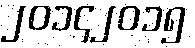
၂၀၁၄၂၀၁၅